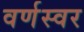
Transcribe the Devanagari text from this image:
वर्णस्वर